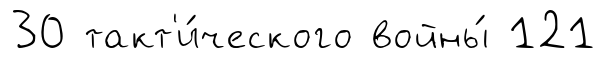
30 такт'и́ческого войны́ 121